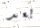
بعد